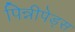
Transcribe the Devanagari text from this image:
पिन्नीपेड्स